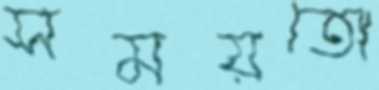
সময়তো